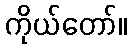
ကိုယ်တော်။